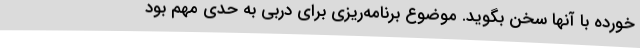
خورده با آنها سخن بگوید. موضوع برنامه‌ریزی برای دربی به حدی مهم بود